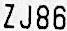
ZJ86